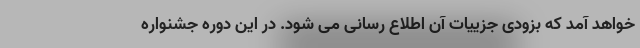
خواهد آمد که بزودی جزییات آن اطلاع رسانی می شود. در این دوره جشنواره